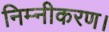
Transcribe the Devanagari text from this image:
निम्नीकरण।